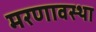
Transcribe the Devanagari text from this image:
मरणावस्था